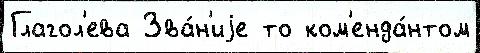
Глагол'ева Зва́н'иjе то ком'енда́нтом